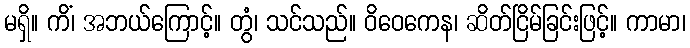
မရှိ။ ကိံ၊ အဘယ်ကြောင့်။ တွံ၊ သင်သည်။ ဝိဝေကေန၊ ဆိတ်ငြိမ်ခြင်းဖြင့်။ ကာမာ၊